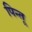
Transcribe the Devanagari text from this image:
पिन्तू